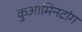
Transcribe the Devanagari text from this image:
कुआमिनटांग